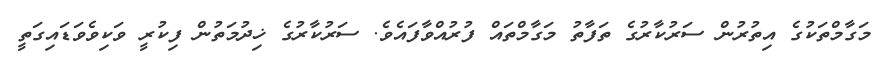
މަގާމްތަކުގެ އިތުރުން ސަރުކާރުގެ ތަފާތު މަގާމްތައް ފުރުއްވާފައެވެ. ސަރުކާރުގެ ޚިދުމަތުން ފިކުރީ ވަކިވެވަޑައިގަތީ